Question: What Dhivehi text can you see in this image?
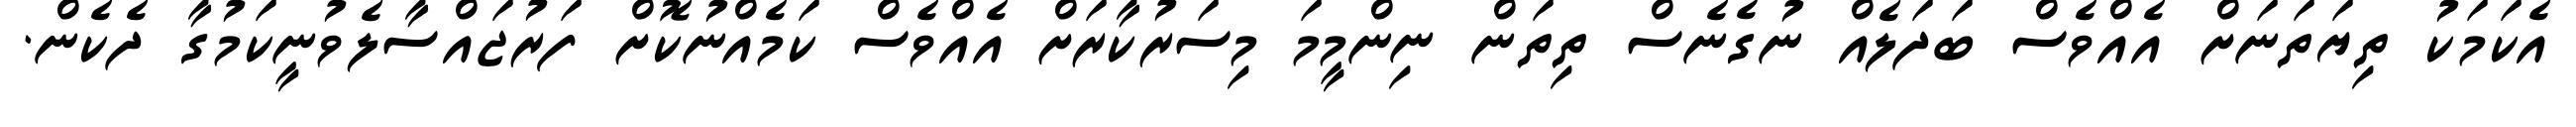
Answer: އެކަމަކު ތިޔަތަނަށް އެއްވެސް ބަދަލެއް ނުގެނެސް ތިތަން ނިންމީމަ މިސަރުކާރަށް އެއްވެސް ކަމެއްނުކޮށް ފަރުޖައްސާލެވުނީކަމުގާ ދެކެން.